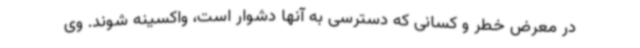
در معرض خطر و کسانی که دسترسی به آنها دشوار است، واکسینه شوند. وی